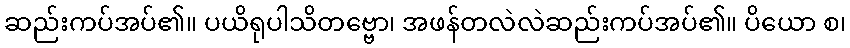
ဆည်းကပ်အပ်၏။ ပယိရုပါသိတဗ္ဗော၊ အဖန်တလဲလဲဆည်းကပ်အပ်၏။ ပိယော စ၊